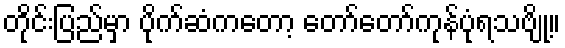
တိုင်းပြည်မှာ ပိုက်ဆံကတော့ တော်တော်ကုန်ပုံရသဗျို့။